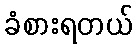
ခံစားရတယ်